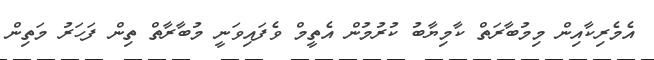
އެމެރިކާއިން މިމުބާރަތް ކާމިޔާބު ކުރުމުން އެތީމް ވެފައިވަނީ މުބާރާތް ތިން ފަހަރު މަތިން